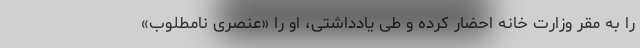
را به مقر وزارت خانه احضار کرده و طی یادداشتی، او را «عنصری نامطلوب»